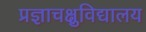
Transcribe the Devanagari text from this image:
प्रज्ञाचक्षुविद्यालय